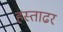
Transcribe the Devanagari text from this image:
हस्ताढर